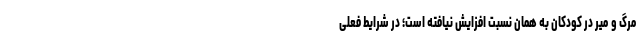
مرگ و میر در کودکان به همان نسبت افزایش نیافته است؛ در شرایط فعلی